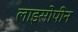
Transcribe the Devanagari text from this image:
लाइसोपीन